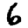
Digit: 6